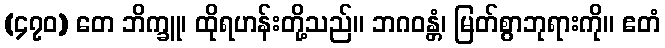
(၄၇၀) တေ ဘိက္ခူ၊ ထိုရဟန်းတို့သည်။ ဘဂဝန္တံ၊ မြတ်စွာဘုရားကို။ ဧတံ